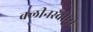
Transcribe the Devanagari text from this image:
क्लीनस्वीप्स